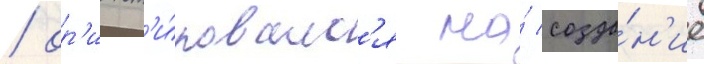
/ ор'иент'и́ровалс'я на́ созда́н'ие